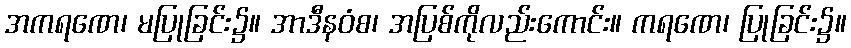
အကရဏေ၊ မပြုခြင်း၌။ အာဒီနဝံစ၊ အပြစ်ကိုလည်းကောင်း။ ကရဏေ၊ ပြုခြင်း၌။